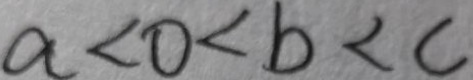
a < 0 < b < c